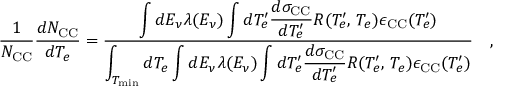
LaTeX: \frac { 1 } { N _ { \mathrm { C C } } } \frac { d N _ { \mathrm { C C } } } { d T _ { e } } = \frac { \displaystyle \int d E _ { \nu } \lambda ( E _ { \nu } ) \int d T _ { e } ^ { \prime } \frac { d \sigma _ { \mathrm { C C } } } { d T _ { e } ^ { \prime } } R ( T _ { e } ^ { \prime } , \, T _ { e } ) \epsilon _ { \mathrm { C C } } ( T _ { e } ^ { \prime } ) } { \displaystyle \int _ { T _ { \mathrm { m i n } } } d T _ { e } \int d E _ { \nu } \lambda ( E _ { \nu } ) \int d T _ { e } ^ { \prime } \frac { d \sigma _ { \mathrm { C C } } } { d T _ { e } ^ { \prime } } R ( T _ { e } ^ { \prime } , \, T _ { e } ) \epsilon _ { \mathrm { C C } } ( T _ { e } ^ { \prime } ) } \quad ,